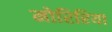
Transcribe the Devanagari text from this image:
मोरिरिया